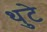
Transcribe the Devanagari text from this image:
थुटे